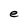
Character: e